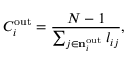
C _ { i } ^ { \mathrm { o u t } } = \frac { N - 1 } { \sum _ { j \in { { \mathbf { n } } _ { i } ^ { \mathrm { o u t } } } } l _ { i j } } ,